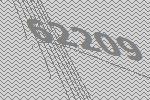
62209